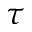
\tau